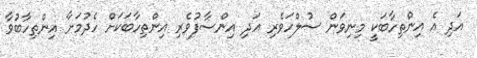
އަދި އެ އިންތިހާބަކީ މިނިވަން ސުލްހަވެރި އަދި އިންސާފުވެރި އިންތިހާބަކަށް ހެދުމަށާ އިންތިހާބުވާ